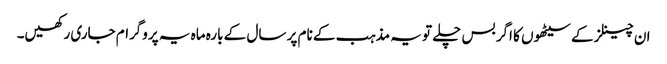
ان چینلز کے سیٹھوں کا اگر بس چلے تو یہ مذہب کے نام پر سال کے بارہ ماہ یہ پروگرام جاری رکھیں۔